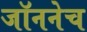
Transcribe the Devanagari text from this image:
जॉननेच